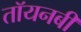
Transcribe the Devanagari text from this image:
तॉयनबी